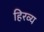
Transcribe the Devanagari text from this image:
हिरव्य